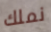
نملك